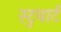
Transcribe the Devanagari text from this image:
स्टुवार्ट